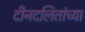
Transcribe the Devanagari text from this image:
दीनदलितांच्या